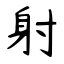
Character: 射